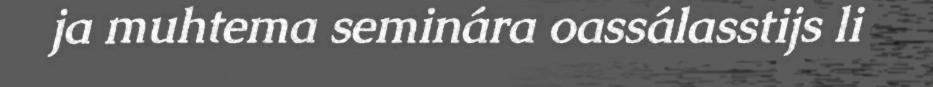
ja muhtema seminára oassálasstijs li